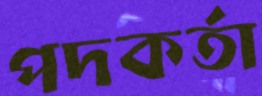
পদকর্তা